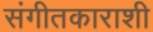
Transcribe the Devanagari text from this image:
संगीतकाराशी